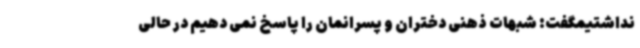
نداشتیمگفت: شبهات ذهنی دختران و پسرانمان را پاسخ نمی دهیم در حالی